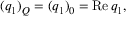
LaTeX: ( q _ { 1 } ) _ { \cal Q } = ( q _ { 1 } ) _ { 0 } = \mathrm { R e } \, q _ { 1 } ,